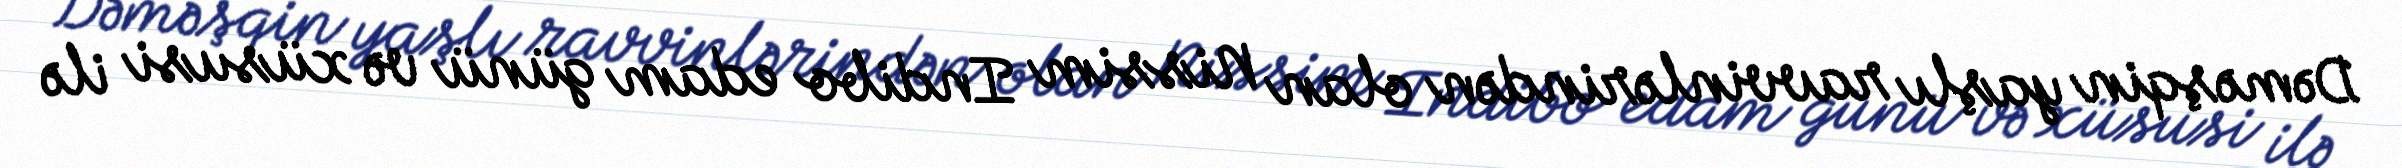
Dəməşqin yaşlı ravvinlərindən olan Nissim Indibo edam günü və xüsusi ilə